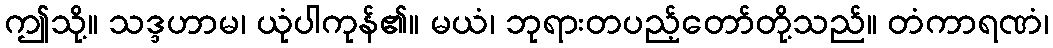
ဤသို့။ သဒ္ဒဟာမ၊ ယုံပါကုန်၏။ မယံ၊ ဘုရားတပည့်တော်တို့သည်။ တံကာရဏံ၊